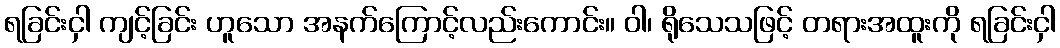
ရခြင်းငှါ ကျင့်ခြင်း ဟူသော အနက်ကြောင့်လည်းကောင်း။ ဝါ၊ ရိုသေသဖြင့် တရားအထူးကို ရခြင်းငှါ